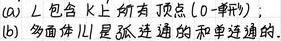
(a) $L$ 包含 $K$ 上所有顶点（一阶开形）;